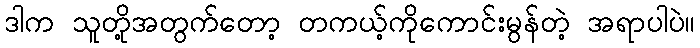
ဒါက သူတို့အတွက်တော့ တကယ့်ကိုကောင်းမွန်တဲ့ အရာပါပဲ။